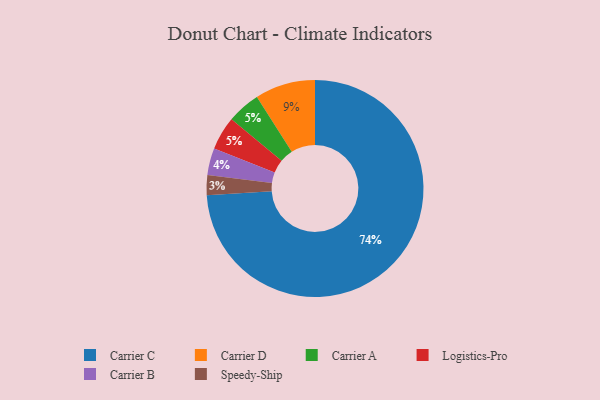
{"axis": {"x": "Category", "y": "Percentage"}, "legend": ["Carrier A", "Carrier B", "Carrier C", "Carrier D", "Logistics-Pro", "Speedy-Ship"], "data": [{"x": "Carrier A", "y": 5, "type": "Carrier A"}, {"x": "Carrier B", "y": 4, "type": "Carrier B"}, {"x": "Carrier C", "y": 74, "type": "Carrier C"}, {"x": "Speedy-Ship", "y": 3, "type": "Speedy-Ship"}, {"x": "Logistics-Pro", "y": 5, "type": "Logistics-Pro"}, {"x": "Carrier D", "y": 9, "type": "Carrier D"}]}